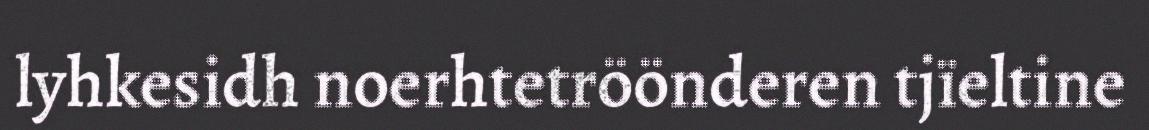
lyhkesidh noerhtetröönderen tjïeltine